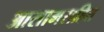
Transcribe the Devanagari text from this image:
आसामसहित